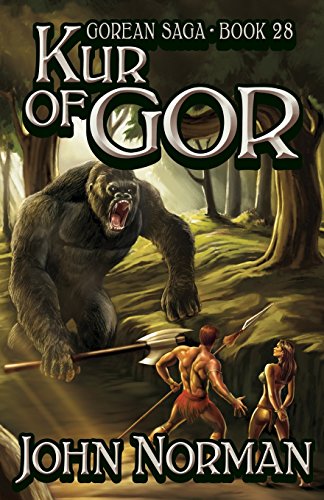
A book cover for Kur of Gor (Gorean Saga); John Norman; Romance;